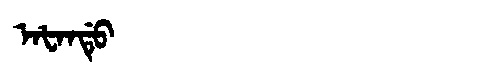
Manchu: ᠠᡶᠠᠨᡩᡠ
Romanization: AFANDU